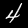
Digit: 4